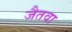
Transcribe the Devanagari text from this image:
जैतवा